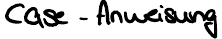
case - Anweisung